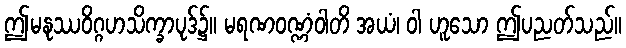
ဤမနုဿဝိဂ္ဂဟသိက္ခာပုဒ်၌။ မရဏဝဏ္ဏံဝါတိ အယံ၊ ဝါ ဟူသော ဤပညတ်သည်။